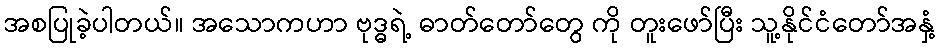
အစပြုခဲ့ပါတယ်။ အသောကဟာ ဗုဒ္ဓရဲ့ ဓာတ်တော်တွေ ကို တူးဖော်ပြီး သူ့နိုင်ငံတော်အနှံ့